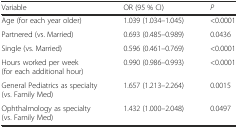
| Variable | OR (95 % CI) | P |
 | --- | --- | --- |
 | Age (for each year older) | 1.039 (1.034–1.045) | <0.0001 |
 | Partnered (vs. Married) | 0.693 (0.485–0.989) | 0.0436 |
 | Single (vs. Married) | 0.596 (0.461–0.769) | <0.0001 |
 | Hours worked per week (for each additional hour) | 0.990 (0.986–0.993) | <0.0001 |
 | General Pediatrics as specialty (vs. Family Med) | 1.657 (1.213–2.264) | 0.0015 |
 | Ophthalmology as specialty (vs. Family Med) | 1.432 (1.000–2.048) | 0.0497 |